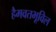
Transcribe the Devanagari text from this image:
हैमवतभूविल